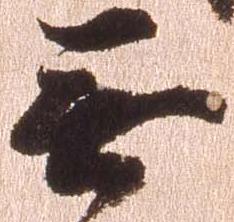
無